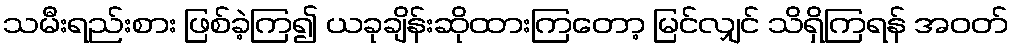
သမီးရည်းစား ဖြစ်ခဲ့ကြ၍ ယခုချိန်းဆိုထားကြတော့ မြင်လျှင် သိရှိကြရန် အဝတ်